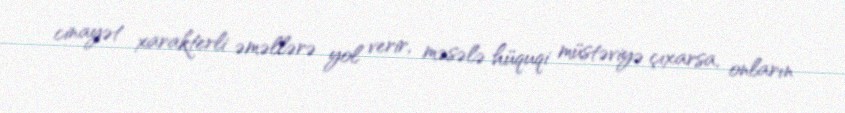
cinayət xarakterli əməllərə yol verir, məsələ hüquqi müstəviyə çıxarsa, onların